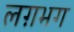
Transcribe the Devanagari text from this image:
लग़भग